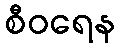
စီဝရေန